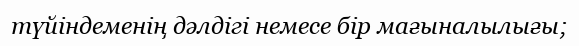
түйіндеменің дәлдігі немесе бір мағыналылығы;